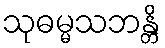
သုဓမ္မသဘန္တိ